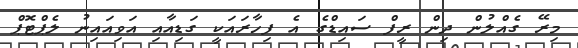
މިރޭ ގެއްލުން ދިން ރީފް ސައިޑްގެ އެ ފިހާރައަކީ ގަޑިއާއި އަވިއައިނު ލެޕްޓޮޕް